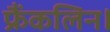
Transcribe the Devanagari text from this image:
फ्रैंकलिन।